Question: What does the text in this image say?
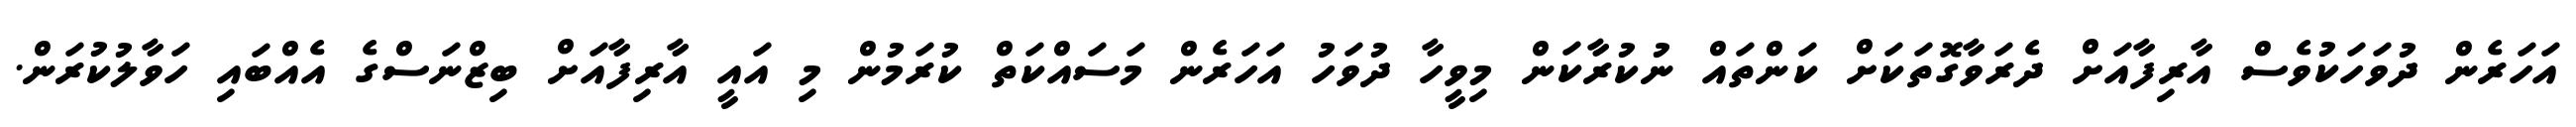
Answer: އަހަރެން ދުވަހަކުވެސް އާރިފާއަށް ދެރަވާގޮތަކަށް ކަންތައް ނުކުރާކަން މިވީހާ ދުވަހު އަހަރެން މަސައްކަތް ކުރަމުން މި އައީ އާރިފާއަށް ބިޒްނަސްގެ އެއްބައި ހަވާލުކުރަން.